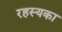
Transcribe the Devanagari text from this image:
रहस्यका